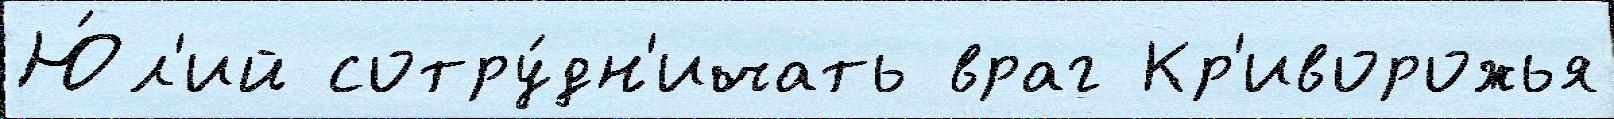
Ю́л'ий сотру́дн'ичать враг Кр'иворожья